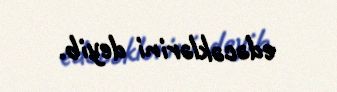
edəcəklərini deyib.